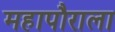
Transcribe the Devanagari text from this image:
महापौराला